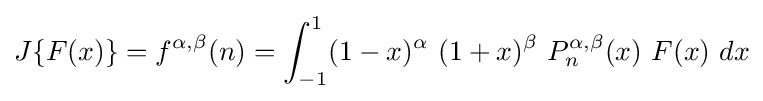
J\{F(x)\}=f^{\alpha ,\beta }(n)=\int _{-1}^{1}(1-x)^{\alpha }\ (1+x)^{\beta }\ P_{n}^{\alpha ,\beta }(x)\ F(x)\ dx